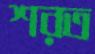
শরত